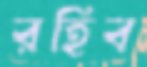
রহিব